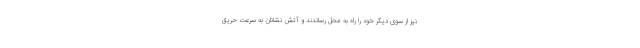
نیز از سوی دیگر خود را راه به محل رساندند و آتش نشانان به سرعت حریق